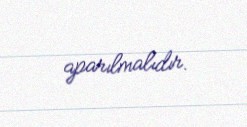
aparılmalıdır.